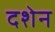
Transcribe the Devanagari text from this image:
दशेन